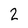
Character: 2